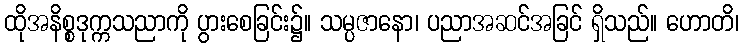
ထိုအနိစ္စဒုက္ကသညာကို ပွားစေခြင်း၌။ သမ္ပဇာနော၊ ပညာအဆင်အခြင် ရှိသည်။ ဟောတိ၊